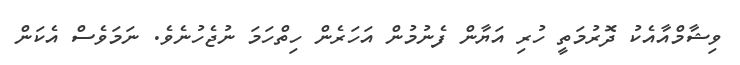
ވިޝާމްއާއެކު ދޮރުމަތީ ހުރި އަޔާން ފެނުމުން އަހަރެން ހިތްހަމަ ނުޖެހުނެވެ. ނަމަވެސް އެކަން